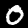
Label: 0